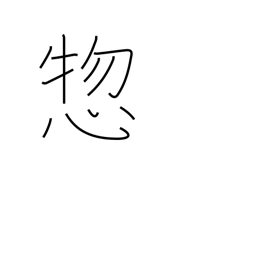
Meaning: all